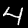
Label: 4